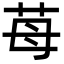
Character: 苺